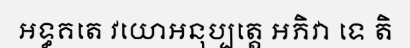
អទ្ធគតេ វយោអនុប្បត្តេ អភិវា ទេ តិ